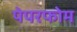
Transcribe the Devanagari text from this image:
पेपरफोम